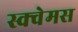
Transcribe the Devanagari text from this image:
स्क्वेमस